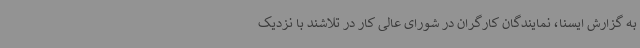
به گزارش ایسنا، نمایندگان کارگران در شورای عالی کار در تلاشند با نزدیک